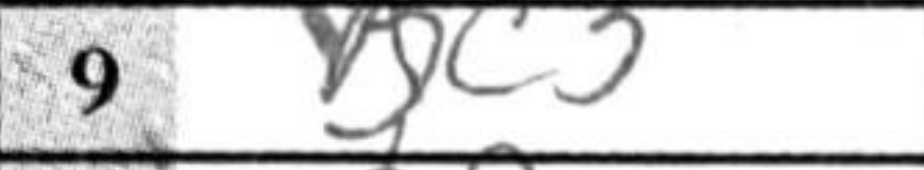
Transcription: Bc3